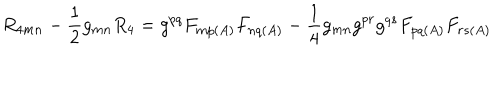
R _ { 4 m n } - \frac { 1 } { 2 } g _ { m n } R _ { 4 } = g ^ { p q } F _ { m p ( A ) } F _ { n q ( A ) } - \frac { 1 } { 4 } g _ { m n } g ^ { p r } g ^ { q s } F _ { p q ( A ) } F _ { r s ( A ) }